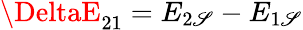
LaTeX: \DeltaE_{21}=E_{2\mathscr{S}}-E_{1\mathscr{S}}